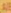
AE